Annual report on the Civil Veterinary Department, Burma (including the Insein Veterinary School) - 1932-1941
Year: 1932
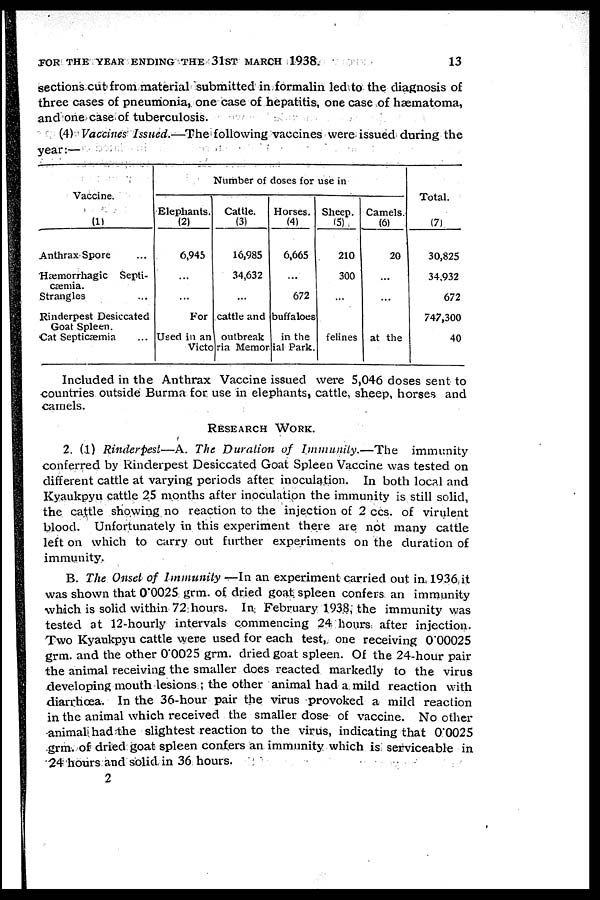
FOR THE YEAR ENDING THE 31ST MARCH 1938.
13
sections cut from material submitted in formalin led to the diagnosis of
three cases of pneumonia, one case of hepatitis, one case of hæmatoma,
and one case of tuberculosis.
(4) Vaccines Issued.—The following vaccines were issued during the
year:—
Vaccine.
(1)
Anthrax Spore ...
Hæmorrhagic Septi-
cæmia.
Strangles ...
Rinderpest Desiccated
Goat Spleen.
Cat Septicæmia ...
Number of doses for use in
Elephants.
(2)
6,945
...
...
Cattle.
(3)
16,985
34,632
...
Horses.
(4)
6,665
...
672
For cattle and buffaloes
Sheep.
(5)
210
300
...
Camels.
(6)
20
...
...
Used in an outbreak in the felines at the
victoria Merorial Park.
Total.
(7)
30,825
34,932
672
747,300
40
Included in the Anthrax Vaccine issued were 5,046 doses sent to
countries outside Burma for use in elephants, cattle, sheep, horses and
camels.
RESEARCH WORK.
2. (1) Rinderpest—A. The Duration of Immunity.—The
immunity
conferred by Rinderpest Desiccated Goat Spleen Vaccine was tested on
different cattle at varying periods after inoculation. In both local and
Kyaukpyu cattle 25 months after inoculation the immunity is still solid,
the cattle showing no reaction to the injection of 2 ccs. of virulent
blood. Unfortunately in this experiment there ate not many cattle
left on which to carry out further experiments on the duration of
immunity.
B. The Onset of Immunity —In an experiment carried out in. 1936 it
was shown that 0.0025 grm. of dried goat spleen confers an immunity
which is solid within 72 hours. In February 1938, the immunity was
tested at 12-hourly intervals commencing 24 hours after injection.
Two Kyaukpyu cattle were used for each test, one receiving 000025
grm. and the other 0.0025 grm. dried goat spleen. Of the 24-hour pair
the animal receiving the smaller does reacted markedly to the virus
developing mouth lesions ; the other animal had a mild reaction with
diarrhoea. In the 36-hour pair the virus provoked a mild reaction
in the animal which received the smaller dose of vaccine. No other
animal had the slightest reaction to the virus, indicating that 0.0025
grm. of dried goat spleen confers an immunity which is serviceable in
24 hours and solid in 36 hours.
2